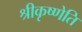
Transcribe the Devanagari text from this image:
श्रीकृष्णेति